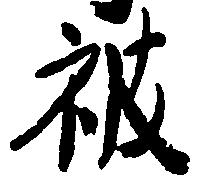
被